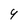
Character: 4